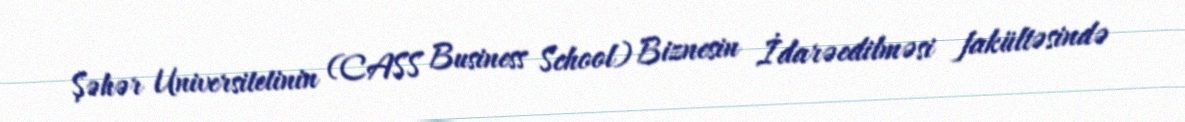
Şəhər Universitetinin (CASS Business School) Biznesin İdarəedilməsi fakültəsində